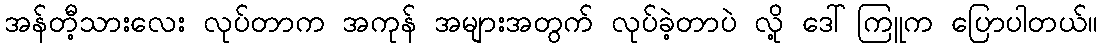
အန်တီ့သားလေး လုပ်တာက အကုန် အများအတွက် လုပ်ခဲ့တာပဲ လို့ ဒေါ်ကြူက ပြောပါတယ်။